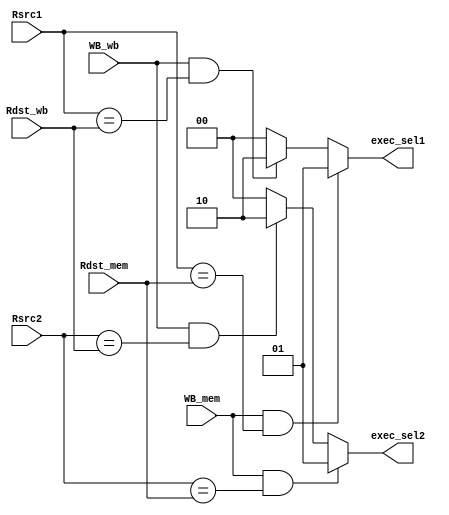
module FORWARDING_UNIT(Rsrc1, Rsrc2,  Rdst_mem, Rdst_wb, WB_mem, WB_wb, exec_sel1, exec_sel2);
input [2:0] Rsrc1;
input [2:0] Rsrc2;
input [2:0] Rdst_mem;
input [2:0] Rdst_wb;
input WB_mem;
input WB_wb;
output wire [1:0] exec_sel1;
output wire [1:0] exec_sel2;

reg [1:0] exec_sel1_temp, exec_sel2_temp;

assign exec_sel1 = exec_sel1_temp;
assign exec_sel2 = exec_sel2_temp;

always @(*) begin
    
    // Initialize select signals to zeros
    {exec_sel1_temp, exec_sel2_temp} = 2'b00;

    // For Rsrc1 
    
    if (WB_wb && (Rsrc1 == Rdst_wb)) exec_sel1_temp = 2'b10;
    if (WB_mem && ( Rsrc1 == Rdst_mem)) exec_sel1_temp = 2'b01;

    // For Rsrc2
    if (WB_wb && (Rsrc2 == Rdst_wb)) exec_sel2_temp = 2'b10;
    if (WB_mem &&(Rsrc2 == Rdst_mem)) exec_sel2_temp = 2'b01;

end
endmodule